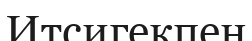
Итсигекпен